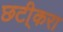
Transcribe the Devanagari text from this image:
छटी्करा